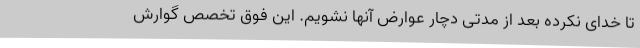
تا خدای نکرده بعد از مدتی دچار عوارض آنها نشویم. این فوق تخصص گوارش